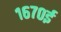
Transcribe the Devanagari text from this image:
१६७०ई